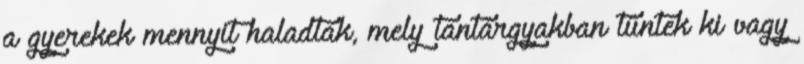
a gyerekek mennyit haladtak, mely tantárgyakban tűntek ki vagy